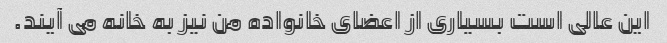
این عالی است بسیاری از اعضای خانواده من نیز به خانه می آیند.